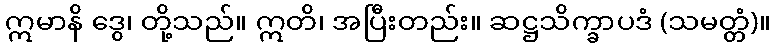
ဣမာနိ ဒွေ၊ တို့သည်။ ဣတိ၊ အပြီးတည်း။ ဆဋ္ဌသိက္ခာပဒံ (သမတ္တံ)။